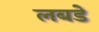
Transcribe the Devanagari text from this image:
लबडे